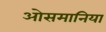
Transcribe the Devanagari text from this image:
ओसमानिया